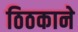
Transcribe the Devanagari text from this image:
ठिठकाने